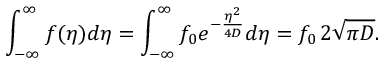
\int _ { - \infty } ^ { \infty } f ( \eta ) d \eta = \int _ { - \infty } ^ { \infty } f _ { 0 } e ^ { - \frac { \eta ^ { 2 } } { 4 D } } d \eta = f _ { 0 } \, 2 \sqrt { \pi D } .